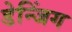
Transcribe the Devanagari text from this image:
डेन्जिंग